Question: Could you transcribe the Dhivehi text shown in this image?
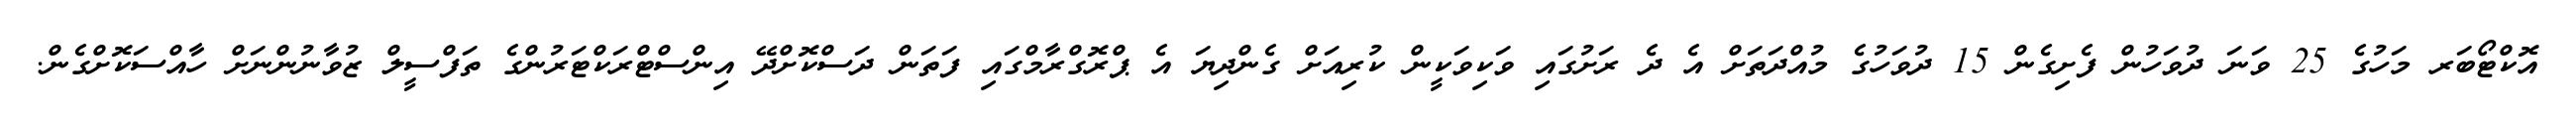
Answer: އޮކްޓޯބަރ މަހުގެ 25 ވަނަ ދުވަހުން ފެށިގެން 15 ދުވަހުގެ މުއްދަތަށް އެ ދެ ރަށުގައި ވަކިވަކީން ކުރިއަށް ގެންދިޔަ އެ ޕްރޮގްރާމްގައި ފަތަން ދަސްކޮށްދޭ އިންސްޓްރަކްޓަރުންގެ ތަފްސީލް ޒުވާނުންނަށް ހާއްސަކޮށްގެން.